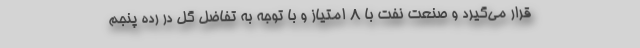
قرار می‌گیرد و صنعت نفت با ۸ امتیاز و با توجه به تفاضل گل در رده پنجم